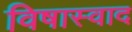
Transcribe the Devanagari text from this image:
विषास्वाद